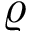
\varrho